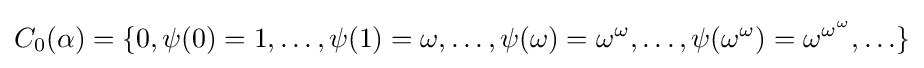
C_{0}(\alpha )=\{0,\psi (0)=1,\ldots ,\psi (1)=\omega ,\ldots ,\psi (\omega )=\omega ^{\omega },\ldots ,\psi (\omega ^{\omega })=\omega ^{\omega ^{\omega }},\ldots \}